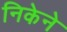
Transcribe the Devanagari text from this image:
निकेने